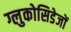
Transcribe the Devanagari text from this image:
ग्लुकोसिडेजों